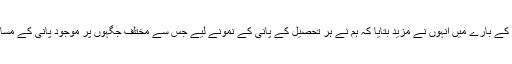
اس منصوبے کے بارے میں انہوں نے مزید بتایا کہ ہم نے ہر تحصیل کے پانی کے نمونے لیے جس سے مختلف جگہوں پر موجود پانی کے مسائل کا پتہ چلا۔